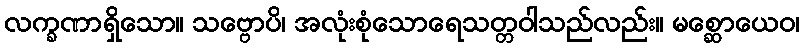
လက္ခဏာရှိသော။ သဗ္ဗောပိ၊ အလုံးစုံသောရေသတ္တဝါသည်လည်း။ မစ္ဆောယေဝ၊